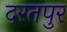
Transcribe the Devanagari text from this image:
दरतपुर